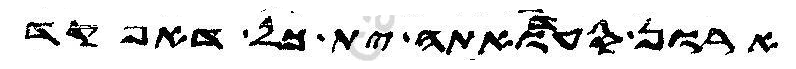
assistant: ארון סעדואתה ית כל דאפקד